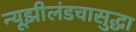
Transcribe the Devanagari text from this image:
न्यूझीलंडचासुद्धा